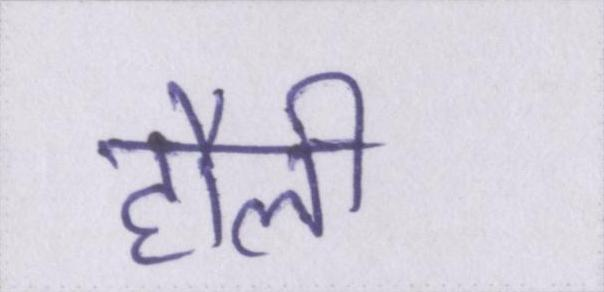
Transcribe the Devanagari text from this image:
हौली